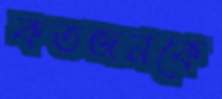
কতজনকে